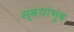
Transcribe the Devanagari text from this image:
स्वयांभुव